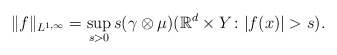
\begin{align*}\|f\|_{L^{1,\infty}}=\sup_{s>0}s (\gamma \otimes \mu)(\mathbb{R}^d\times Y\colon |f(x)|>s).\end{align*}